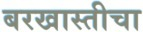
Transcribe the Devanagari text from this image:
बरखास्तीचा